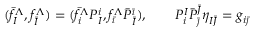
( \bar { f } _ { I } ^ { \Lambda } , f _ { \bar { I } } ^ { \Lambda } ) = ( \bar { f } _ { i } ^ { \Lambda } P _ { I } ^ { i } , f _ { \bar { \imath } } ^ { \Lambda } \bar { P } _ { \bar { I } } ^ { \bar { \imath } } ) , \quad \quad P _ { i } ^ { I } \bar { P } _ { \bar { \jmath } } ^ { \bar { J } } \eta _ { I \bar { J } } = g _ { i \bar { \jmath } }